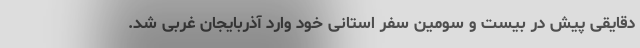
دقایقی پیش در بیست و سومین سفر استانی خود وارد آذربایجان غربی شد.